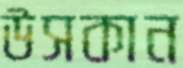
উসকান